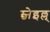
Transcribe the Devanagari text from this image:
म्च्नेइल्ल्